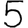
Digit: 5